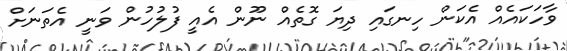
ވާާހަކައެއް އެކަން ހިނގައި ދިޔަ ގޮތެއް ނޫން އެއީ ފުލުހުން ވަނީ އެތަނަށް